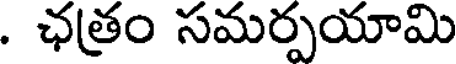
. ఛత్రం సమర్పయామి